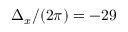
\Delta _ { x } / ( 2 \pi ) = - 2 9